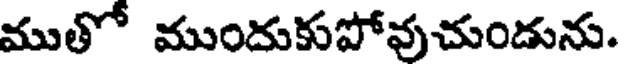
ముతో ముందుకుపోవుచుండును.